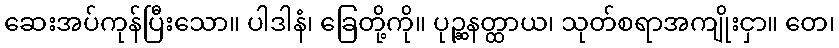
ဆေးအပ်ကုန်ပြီးသော။ ပါဒါနံ၊ ခြေတို့ကို။ ပုဉ္ဆနတ္ထာယ၊ သုတ်စရာအကျိုးငှာ။ တေ၊